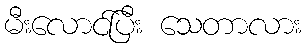
မီးလောင်ပြီး သေတာလား